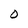
Character: O